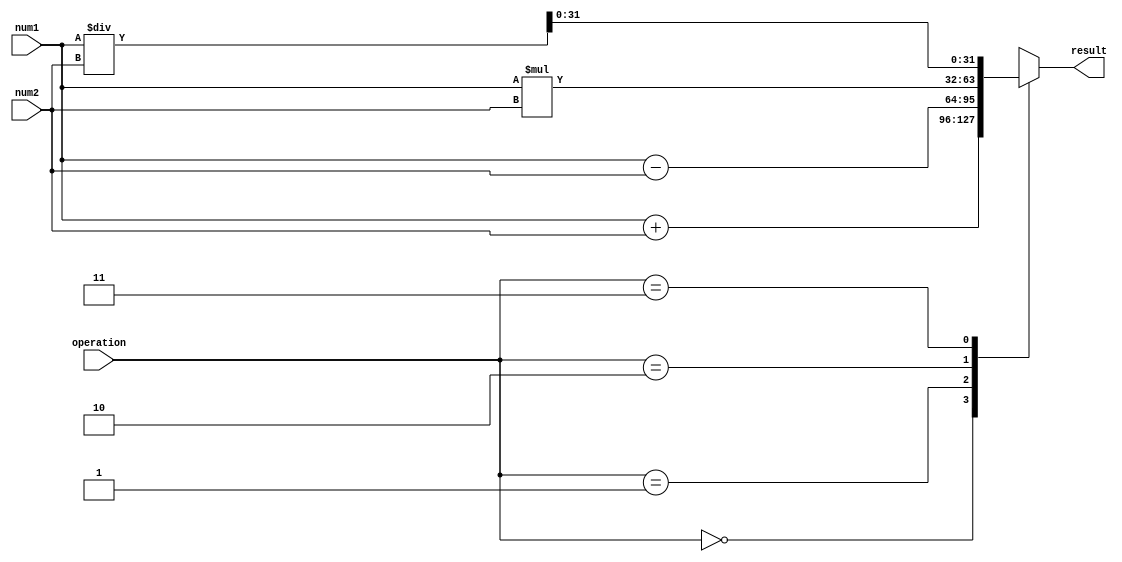
module fixed_point_float_unit(
    input [31:0] num1,
    input [31:0] num2,
    input [1:0] operation,
    output reg [31:0] result
);

reg [63:0] temp_result;

always @(*)
begin
    case(operation)
        2'b00: temp_result = num1 + num2; // Addition
        2'b01: temp_result = num1 - num2; // Subtraction
        2'b10: temp_result = num1 * num2; // Multiplication
        2'b11: temp_result = num1 / num2; // Division
    endcase
end

always @(*)
begin
    result = temp_result[31:0];
end

endmodule